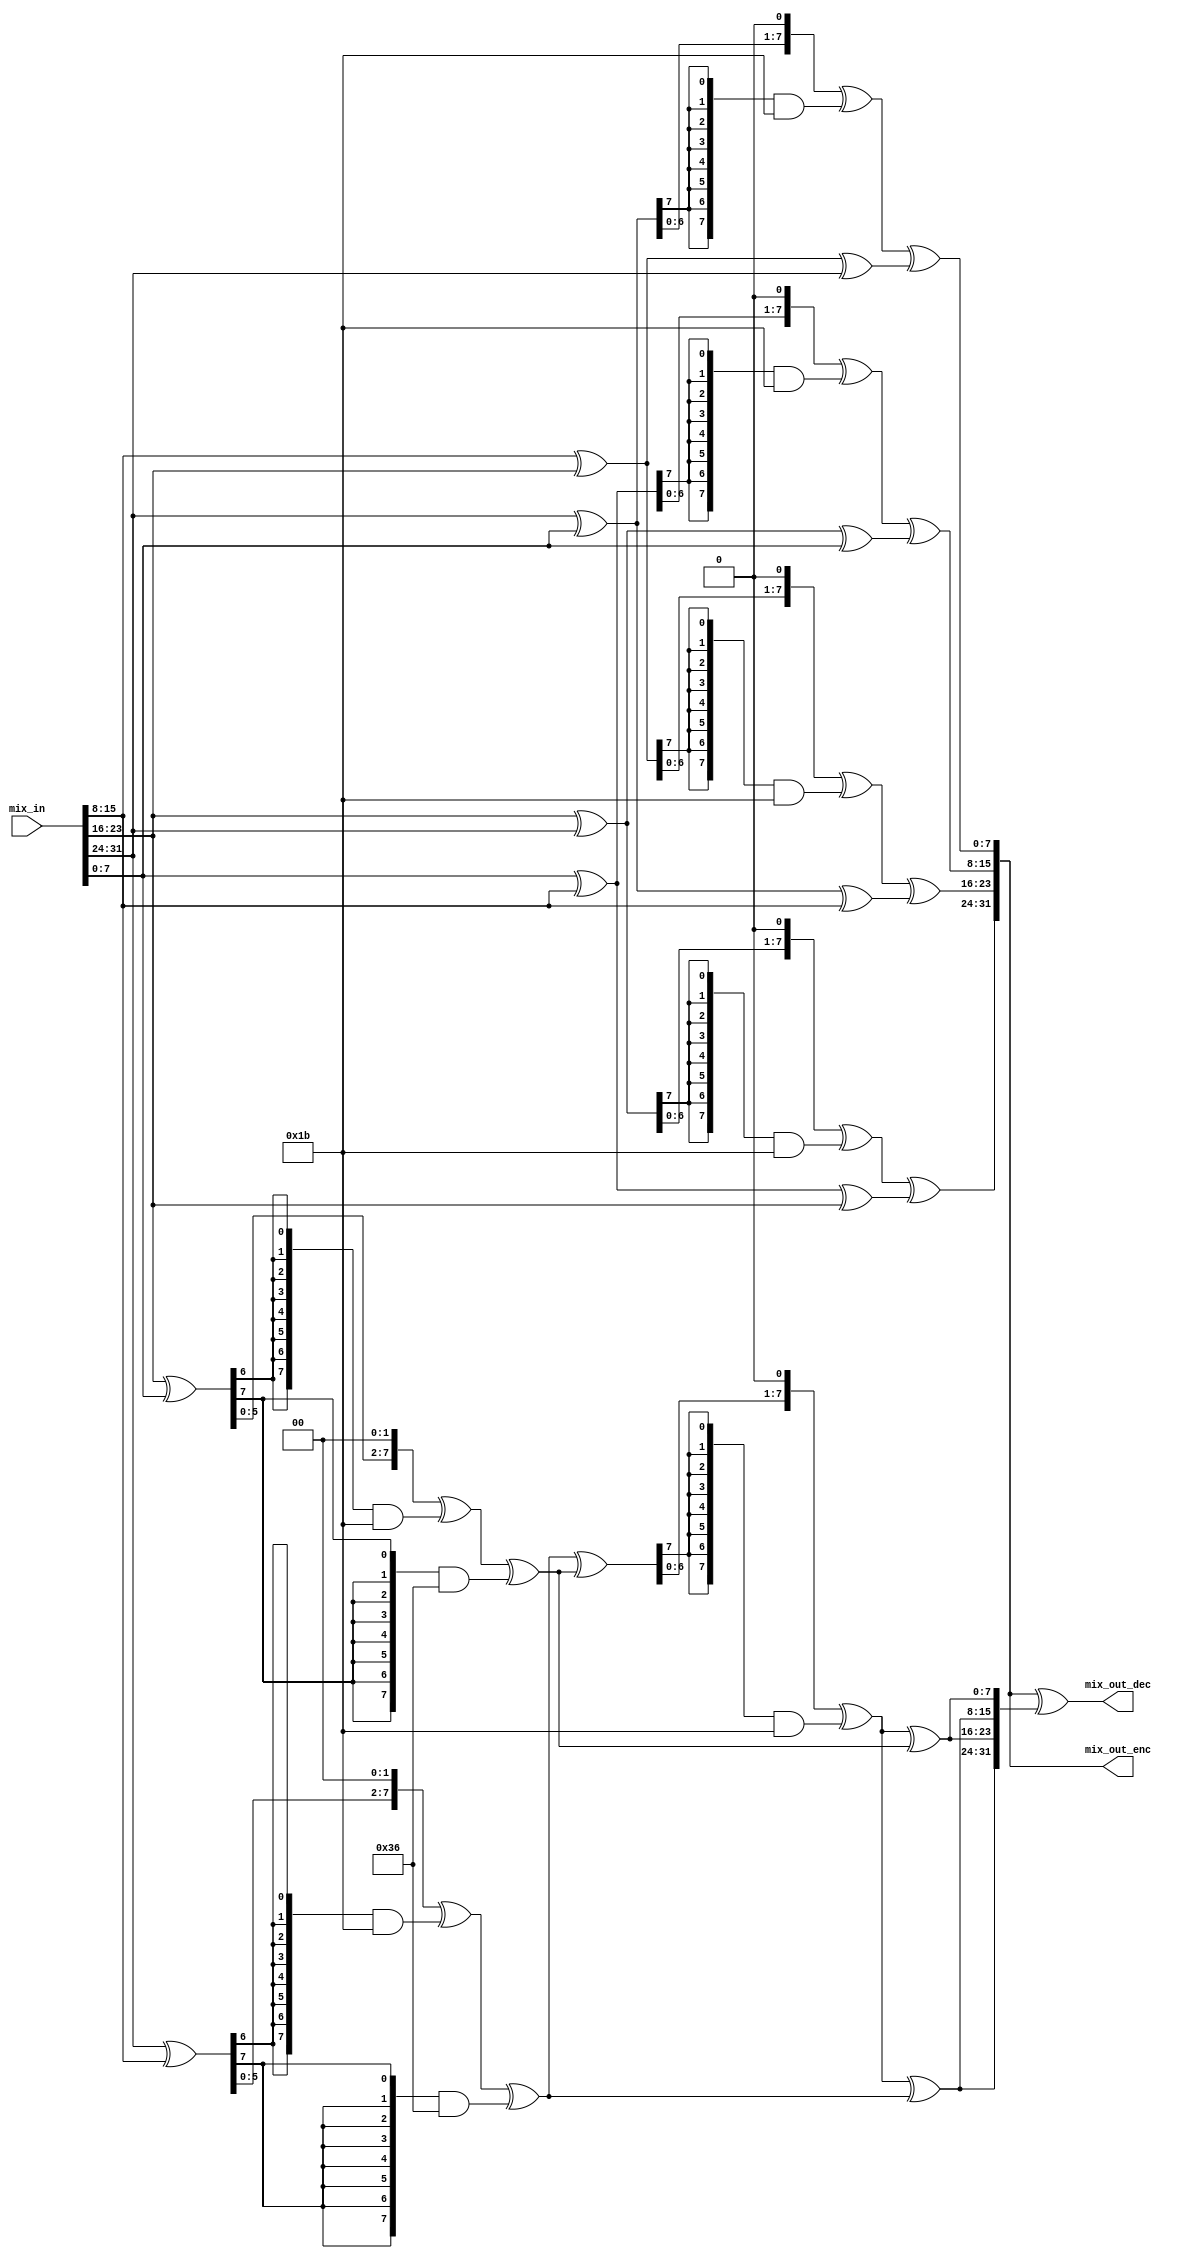
module mix_columns
(
	// OUTPUTS
	output [31:0] mix_out_enc,
	output [31:0] mix_out_dec,
	// INPUTS
	input  [31:0] mix_in
);

localparam integer SIZE      = 32;
localparam integer WORD_SIZE = 8;
localparam integer NUM_WORDS = 4;

wire [WORD_SIZE - 1 : 0] col  [0 : NUM_WORDS - 1];
wire [WORD_SIZE - 1 : 0] sum_p[0 : NUM_WORDS - 1];
wire [WORD_SIZE - 1 : 0] y    [0 : NUM_WORDS - 2];

//=====================================================================================
// Multiplication by 02 in GF(2^8) 
//=====================================================================================
function [7:0] aes_mult_02;
  input [7:0] data_in;
  begin
    aes_mult_02 = (data_in << 1) ^ {8{data_in[7]}} & 8'h1b;
  end
endfunction

//=====================================================================================
// Multiplication by 04 in GF(2^8)
//=====================================================================================
function [7:0] aes_mult_04;
  input [7:0] data_in;
  begin
    aes_mult_04 = ((data_in << 2) ^ {8{data_in[6]}} & 8'h1b) ^ {8{data_in[7]}} & 8'h36;
  end
endfunction

//=====================================================================================
// Word to Byte transformation
//=====================================================================================
generate
	genvar i;
	for(i = 0 ; i < NUM_WORDS; i = i + 1)
	begin:WBT
		assign col[i] = mix_in[WORD_SIZE*(i + 1) - 1: WORD_SIZE*i];
	end
endgenerate

//=====================================================================================
// Direct Mix Column Operation
//=====================================================================================
generate
	genvar j;
	for(j = 0; j < NUM_WORDS; j = j + 1)
		begin:DMCO
			assign sum_p[j] = col[(j + 1)%NUM_WORDS] ^ col[(j + 2)%NUM_WORDS] ^ col[(j + 3)%NUM_WORDS];
			assign mix_out_enc[ WORD_SIZE*(j + 1) - 1 : WORD_SIZE*j] = aes_mult_02(col[j] ^ col[(j + NUM_WORDS - 1)%NUM_WORDS]) ^ sum_p[j];
		end
endgenerate

//=====================================================================================
// Inverse Mix Column Operation
//=====================================================================================
assign y[0] = aes_mult_04(col[2] ^ col[0]); 
assign y[1] = aes_mult_04(col[3] ^ col[1]);
assign y[2] = aes_mult_02(  y[1] ^   y[0]);  
assign mix_out_dec = mix_out_enc ^ {2{y[2] ^ y[1], y[2] ^ y[0]}};

endmodule